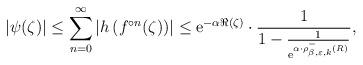
LaTeX: \begin{align*}\left|\psi(\zeta )\right| & \leq \sum_{n=0}^{\infty}\left| h\left( f^{\circ n}(\zeta )\right)\right|\leq \mathrm{e}^{-\alpha \Re (\zeta )} \cdot \frac{1}{1- \frac{1}{\mathrm{e}^{\alpha \cdot \rho^- _{\beta , \varepsilon ,k}(R)}} } , \end{align*}